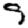
Digit: 9